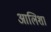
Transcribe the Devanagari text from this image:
आलिशा